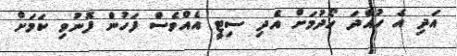
އަދި އެ ހުއްދަ ހޯދުމަށް އެދި ސިޓީ އެއްވެސް ފަހުން ފޮނުވި ކަމަށް